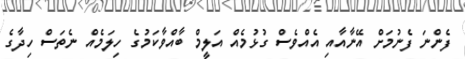
ފެންނަ ފެނުމަށް އޭނާއާއި އެއްވެސް ގުޅުމެއް އަލީމް ބާއްވާކަމުގެ ހިލަމެއް ނެތަސް ހިދާގެ